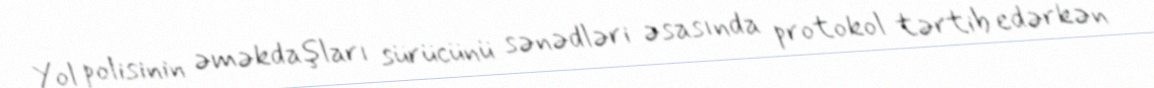
Yol polisinin əməkdaşları sürücünü sənədləri əsasında protokol tərtib edərkən